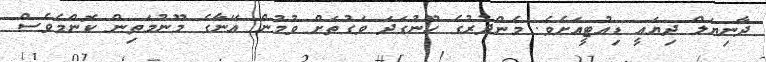
ދާނިޔަލް ދިޔައީ ޑިއުޓީއަށެވެ. މެންދުރުގެ ހޫނުގަދަ ވަގުތަށް ވުމުން އޭނާގެ މޫނުމަތިން ކޮންމެވެސް